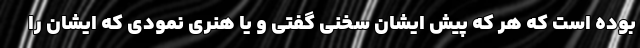
بوده است که هر که پیش ایشان سخنی گفتی و یا هنری نمودی که ایشان را